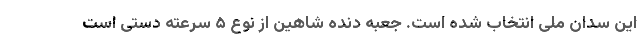
این سدان ملی انتخاب شده است. جعبه دنده شاهین از نوع ۵ سرعته دستی است